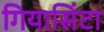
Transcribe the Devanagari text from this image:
गियासिंटा